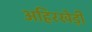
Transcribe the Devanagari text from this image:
अहिरखेड़ी